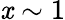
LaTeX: \mathit{x}\sim1